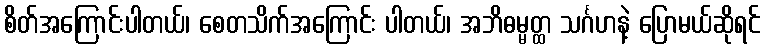
စိတ်အကြောင်းပါတယ်၊ စေတသိက်အကြောင်း ပါတယ်၊ အဘိဓမ္မတ္ထ သင်္ဂဟနဲ့ ပြောမယ်ဆိုရင်